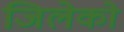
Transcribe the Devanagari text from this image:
जिलेको